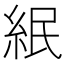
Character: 䋋